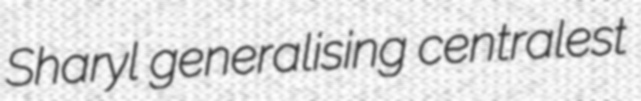
Sharyl generalising centralest